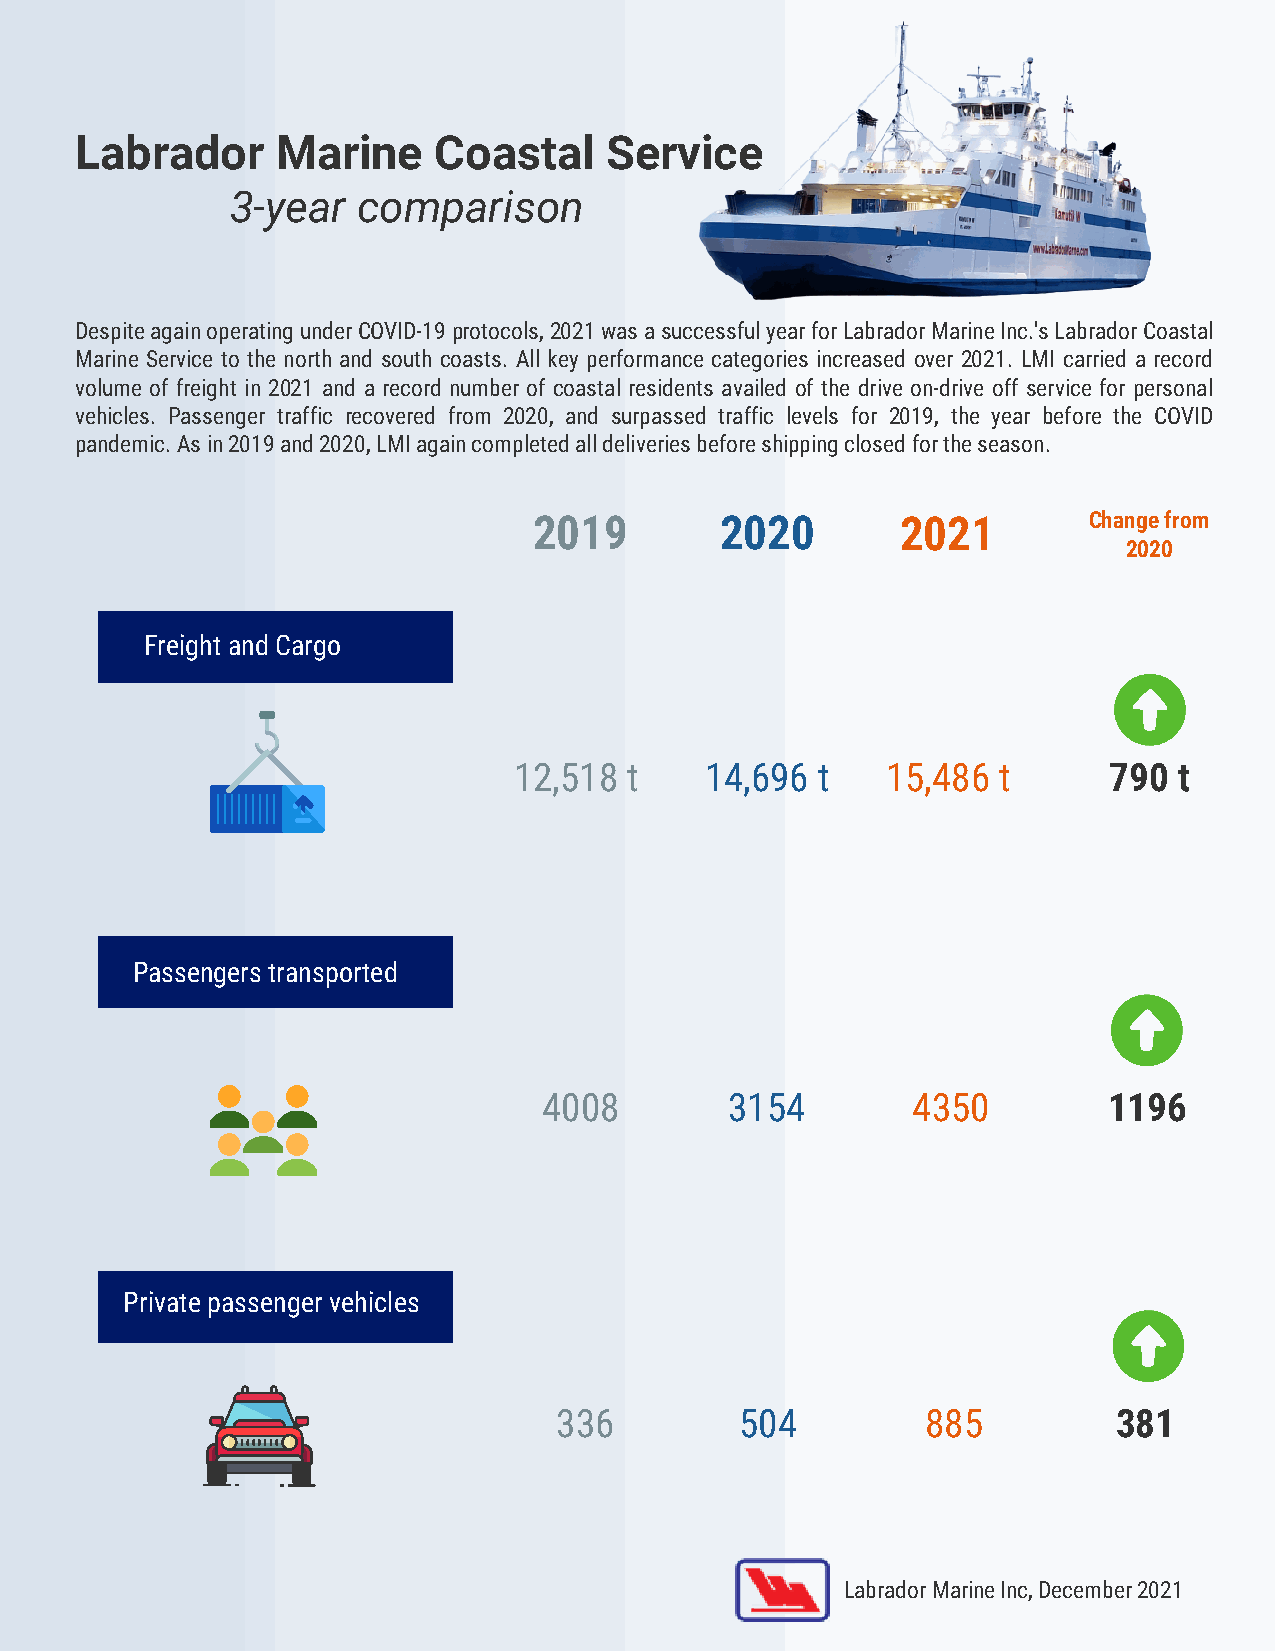
Labrador     Marine     Coastal    Service
 3-year   comparison
 Despite again operating under COVID-19 protocols, 2021 was a successful year for Labrador Marine Inc.'s Labrador Coastal
 Marine Service to the north and south coasts. All key performance categories increased over 2021. LMI carried a record
 volume of freight in 2021 and a record number of coastal residents availed of the drive on-drive off service for personal
 vehicles. Passenger traffic recovered from 2020, and surpassed traffic levels for 2019, the year before the COVID
 pandemic. As in 2019 and 2020, LMI again completed all deliveries before shipping closed for the season.
 2019         2020        2021        Change from
 2020
 Freight and Cargo
 12,518  t    14,696 t    15,486 t      790  t
 Passengers transported
 4008        3154        4350         1196
 Private passenger vehicles
 336         504         885          381
 Labrador Marine Inc, December 2021